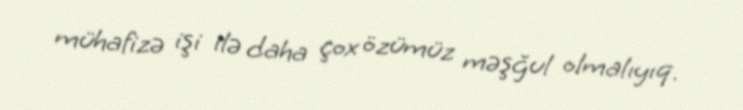
mühafizə işi ilə daha çox özümüz məşğul olmalıyıq.